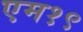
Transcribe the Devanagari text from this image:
एम१९